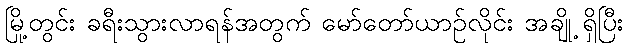
မြို့တွင်း ခရီးသွားလာရန်အတွက် မော်တော်ယာဉ်လိုင်း အချို့ ရှိပြီး